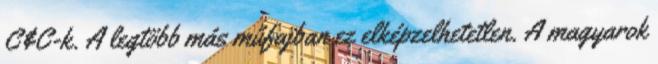
C&C-k. A legtöbb más műfajban ez elképzelhetetlen. A magyarok